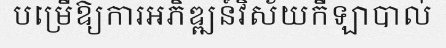
បម្រើឱ្យការអភិឌ្ឍន៍វិស័យកីឡាបាល់